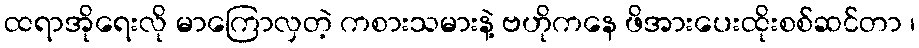
ထရာအိုရေးလို မာကြောလှတဲ့ ကစားသမားနဲ့ ဗဟိုကနေ ဖိအားပေးထိုးစစ်ဆင်တာ ၊